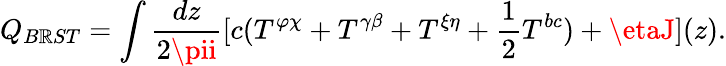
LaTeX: Q_{B\mathbb{R}ST}=\int\frac{{dz}}{{2\pii}}[c(T^{\varphi\chi}+T^{\gamma\beta}+T^{\xi\eta}+\frac{{1}}{{2}}T^{bc})+\etaJ](z).